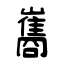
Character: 巂